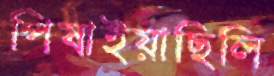
পিষাইয়াছিলি